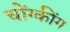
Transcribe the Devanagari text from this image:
चोंग्कींग